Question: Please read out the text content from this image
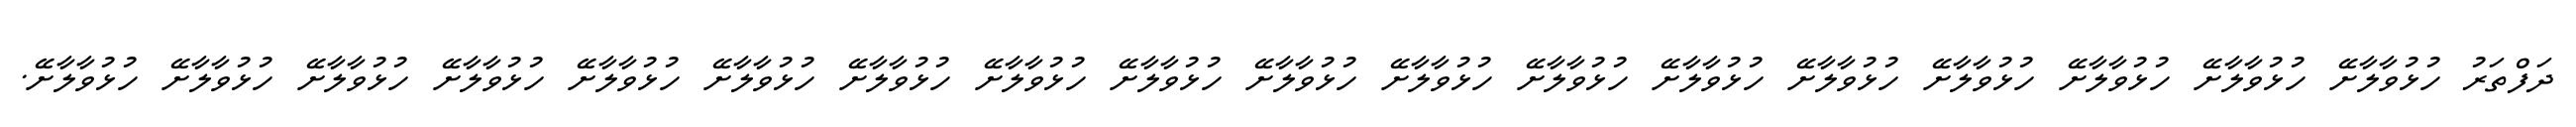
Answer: ދަފްތަރު ހުޅުވާލާށޭ ހުޅުވާލާށޭ ހުޅުވާލާށޭ ހުޅުވާލާށޭ ހުޅުވާލާށޭ ހުޅުވާލާށޭ ހުޅުވާލާށޭ ހުޅުވާލާށޭ ހުޅުވާލާށޭ ހުޅުވާލާށޭ ހުޅުވާލާށޭ ހުޅުވާލާށޭ ހުޅުވާލާށޭ ހުޅުވާލާށޭ ހުޅުވާލާށޭ ހުޅުވާލާށޭ ހުޅުވާލާށޭ ހުޅުވާލާށޭ.